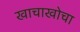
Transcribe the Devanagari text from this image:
खाचाखोचा